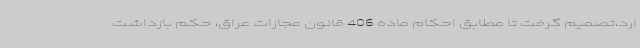
ارد،تصمیم گرفت تا مطابق احکام ماده 406 قانون مجازات عراق، حکم بازداشت